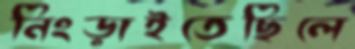
নিংড়াইতেছিলে